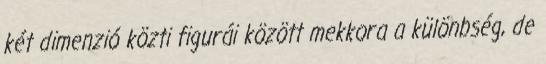
két dimenzió közti figurái között mekkora a különbség, de